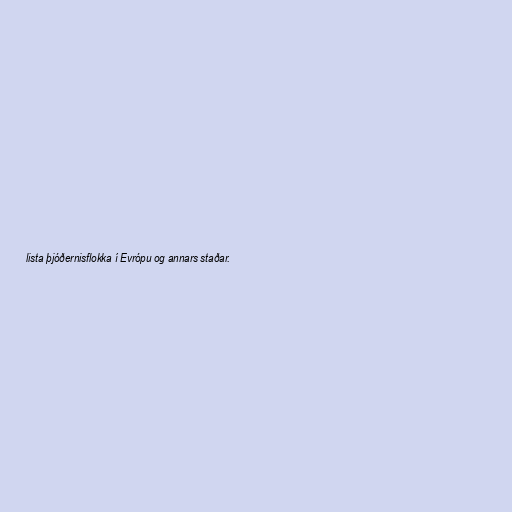
lista þjóðernisflokka í Evrópu og annars staðar.